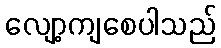
လျော့ကျစေပါသည်